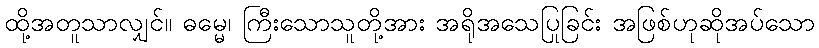
ထို့အတူသာလျှင်။ ဓမ္မေ၊ ကြီးသောသူတို့အား အရိုအသေပြုခြင်း အဖြစ်ဟုဆိုအပ်သော